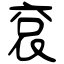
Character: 袞